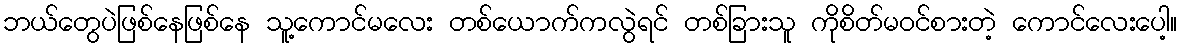
ဘယ်တွေပဲဖြစ်နေဖြစ်နေ သူ့ကောင်မလေး တစ်ယောက်ကလွဲရင် တစ်ခြားသူ ကိုစိတ်မဝင်စားတဲ့ ကောင်လေးပေါ့။